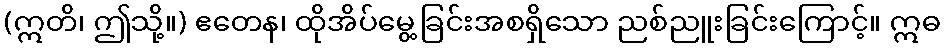
(ဣတိ၊ ဤသို့။) ဧတေန၊ ထိုအိပ်မွေ့ခြင်းအစရှိသော ညစ်ညူးခြင်းကြောင့်။ ဣဓ